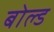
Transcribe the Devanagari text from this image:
बोल्‍ड